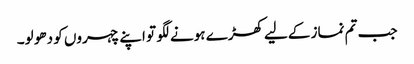
جب تم نماز کےلیے کھڑے ہونے لگو تو اپنے چہروں کو دھو لو۔